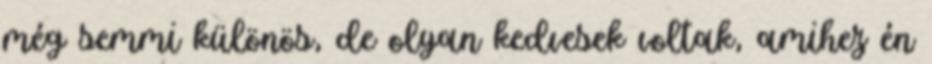
még semmi különös, de olyan kedvesek voltak, amihez én